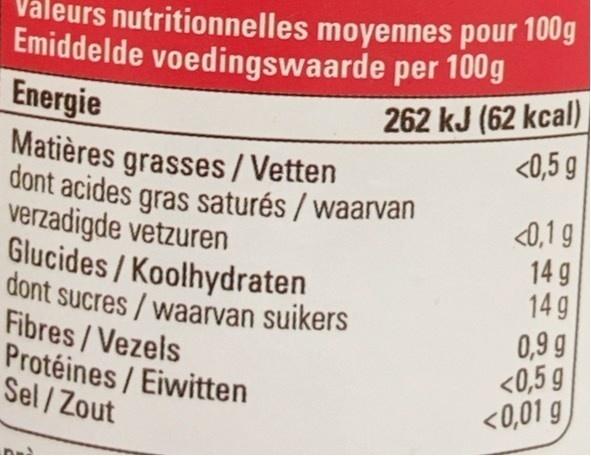
Emiddelde voedingswaarde per 100g
dont sucres / waarvan suikers
dont acides gras saturés / waarvan
Matières grasses/Vetten
Valeurs nutritionnelles moyennes pour 100g
262 kJ (62 kcal) <0,5 g
Energie
verzadigde vetzuren Glucides /Koolhydraten
<0,1 9 14 g 14 g
Fibres/Vezels Protéines/Eiwitten Sel/Zout
0,9 g <0,5 g <0,01 g